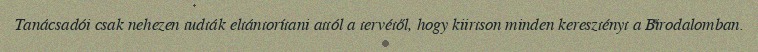
Tanácsadói csak nehezen tudták eltántorítani attól a tervétől, hogy kiirtson minden keresztényt a Birodalomban.